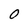
Character: 0